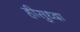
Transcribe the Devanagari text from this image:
हीसुध्दा